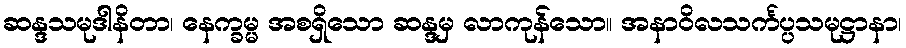
ဆန္ဒသမုဒါနိတာ၊ နေက္ခမ္မ အစရှိသော ဆန္ဒမှ လာကုန်သော။ အနာဝိလသင်္ကပ္ပသမုဋ္ဌာနာ၊